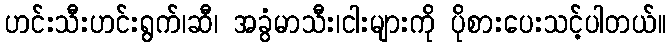
ဟင်းသီးဟင်းရွက်၊ဆီ၊ အခွံမာသီး၊ငါးများကို ပိုစားပေးသင့်ပါတယ်။